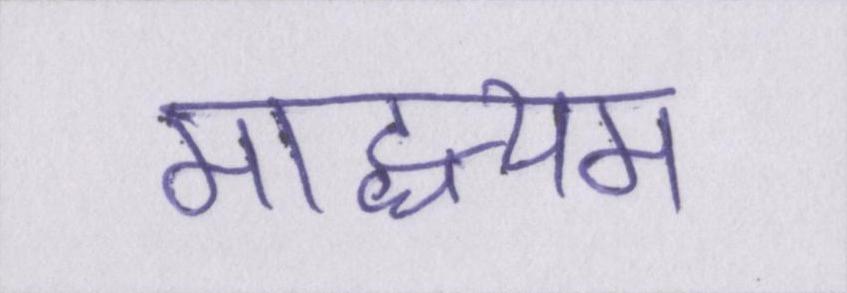
माद्ध्यम